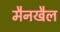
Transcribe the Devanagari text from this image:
मैनखैल